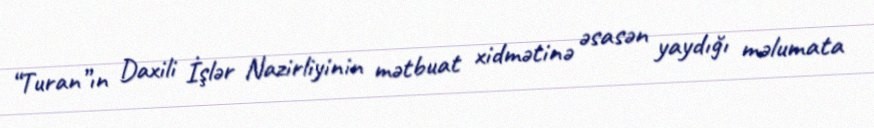
“Turan”ın Daxili İşlər Nazirliyinin mətbuat xidmətinə əsasən yaydığı məlumata